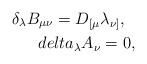
LaTeX: \begin{align*}\delta_\lambda B_{\mu\nu}= D_{[\mu}\lambda_{\nu]},\ \ \\delta_\lambda A_{\nu}=0,\end{align*}